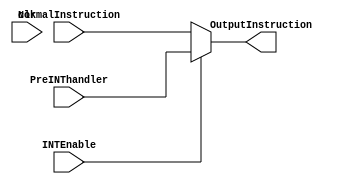

module INTMUX(
    input clk,
    input [15:0] PreINThandler,
    input INTEnable,
    input [15:0] NormalInstruction,
    output  [15:0] OutputInstruction
);

    assign OutputInstruction=(INTEnable==0)?NormalInstruction:PreINThandler;

endmodule